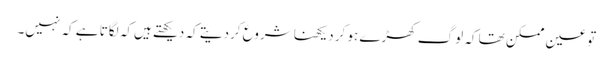
تو عین ممکن تھا کہ لوگ کھڑے ہو کر دیکھنا شروع کردیتے کہ دیکھتے ہیں‌کہ لگاتا ہے کہ نہیں۔